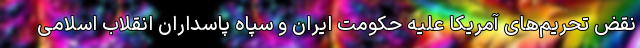
نقض تحریم‌های آمریکا علیه حکومت ایران و سپاه پاسداران انقلاب اسلامی